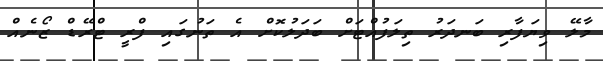
މާލޭ ވިޔަފާރި ބަނދަރު ތިލަފުއްޓަށް ބަދަލުކޮށް އެ ތަނުގައި ފްރީ ޓްރޭޑް ޒޯނެއް